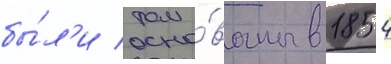
бы́л'и осно́ваны в 1854